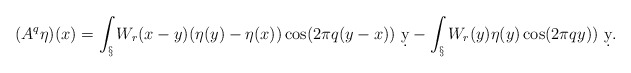
\begin{align*}(A^q\eta)(x) = \int_\S W_r(x-y)(\eta(y)-\eta(x))\cos(2\pi q(y-x))\ \d y - \int_\S W_r(y)\eta(y)\cos(2\pi q y))\ \d y.\end{align*}